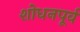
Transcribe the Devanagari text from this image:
शोधनपूर्व